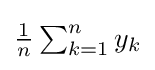
{\textstyle {\frac {1}{n}}\sum _{k=1}^{n}y_{k}}